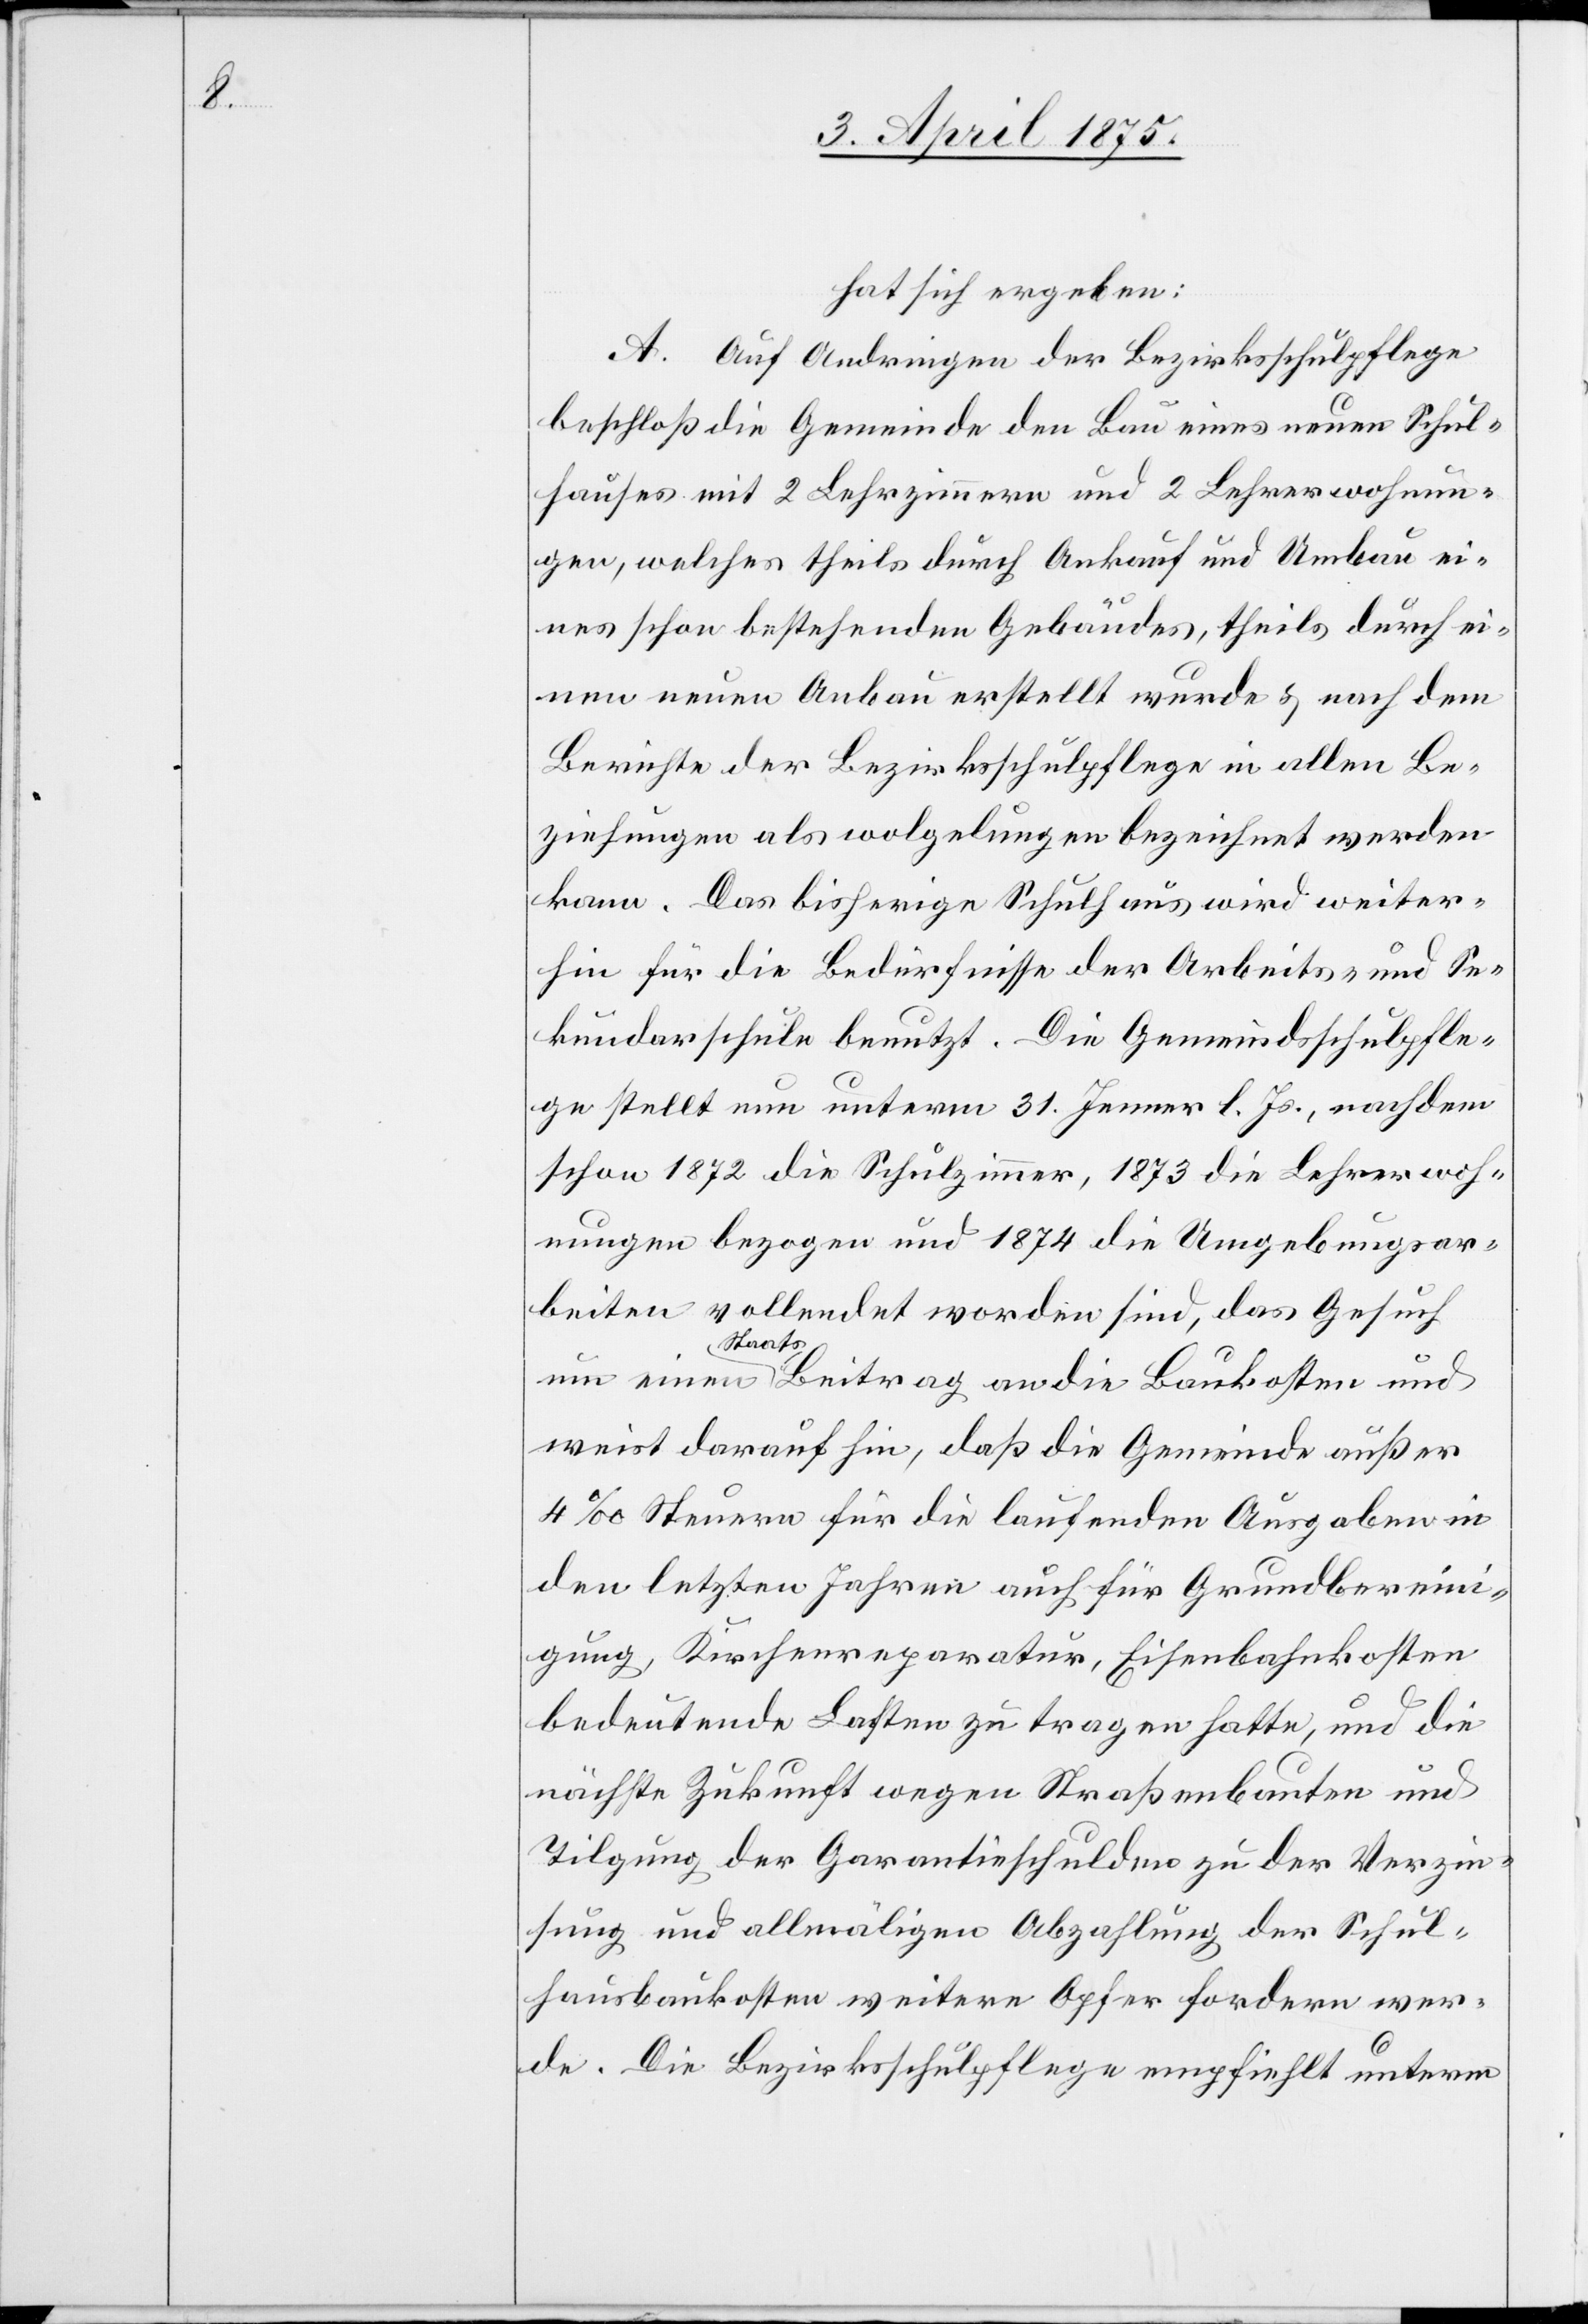
hat sich ergeben:
A. Auf Andringen der Bezirksschulpflege
beschloß die Gemeinde den Bau eines neuen Schul¬
hauses mit 2 Lehrzimmern und 2 Lehrerwohnun¬
gen, welches theils durch Ankauf und Umbau ei¬
nes schon bestehenden Gebäudes, theils durch ei¬
nen neuen Anbau erstellt wurde & nach dem
Berichte der Bezirksschulpflege in allen Be¬
ziehungen als wolgelungen [sic!] bezeichnet werden
kann. Das bisherige Schulhaus wird weiter¬
hin für die Bedürfnisse der Arbeits- und Se¬
kundarschule benutzt. Die Gemeindsschulpfle¬
ge stellt nun unterm 31. Jenner l. Js., nachdem
schon 1872 die Schulzimmer, 1873 die Lehrerwoh¬
nungen bezogen und 1874 die Umgebungsar¬
beiten vollendet worden sind, das Gesuch
weist darauf hin, daß die Gemeinde außer
4‰ Steuern für die laufenden Ausgaben in
den letzten Jahren auch für Grundberein¬
igung, Kirchenreparatur, Eisenbahnkosten
bedeutende Lasten zu tragen hatte, und die
nächste Zukunft wegen Straßenbauten und
Tilgung der Garantieschulden zu der Verzin¬
sung und allmäligen Abzahlung der Schul¬
hausbaukosten weitere Opfer fordern wer¬
de. Die Bezirksschulpflege empfiehlt unterm